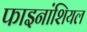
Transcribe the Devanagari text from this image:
फाइनांशियल